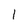
Character: 1